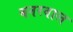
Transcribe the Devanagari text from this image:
बनरवाल